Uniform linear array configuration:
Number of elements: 12
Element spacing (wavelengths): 0.75
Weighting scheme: uniform
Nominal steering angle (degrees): -45
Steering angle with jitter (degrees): -46.797
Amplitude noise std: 0.05
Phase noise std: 0.05

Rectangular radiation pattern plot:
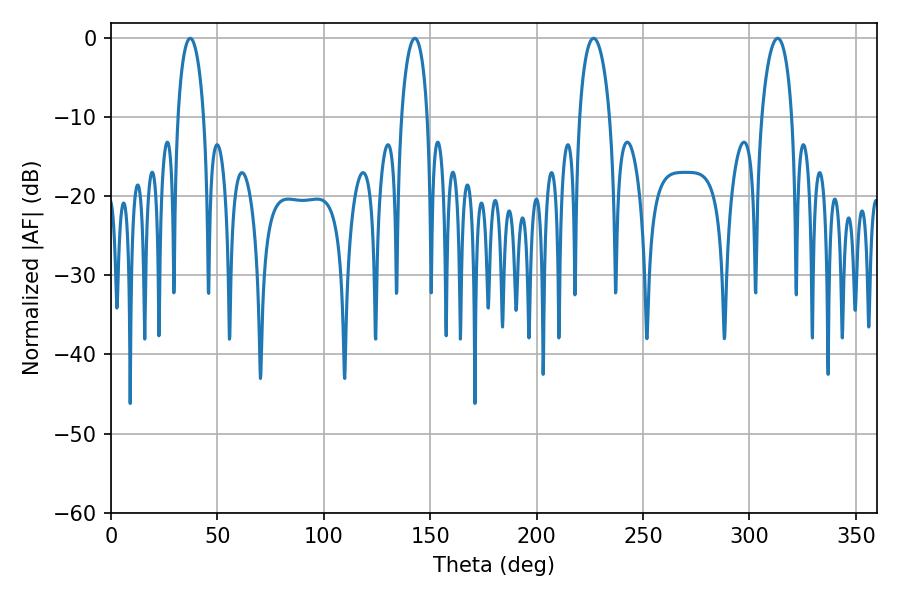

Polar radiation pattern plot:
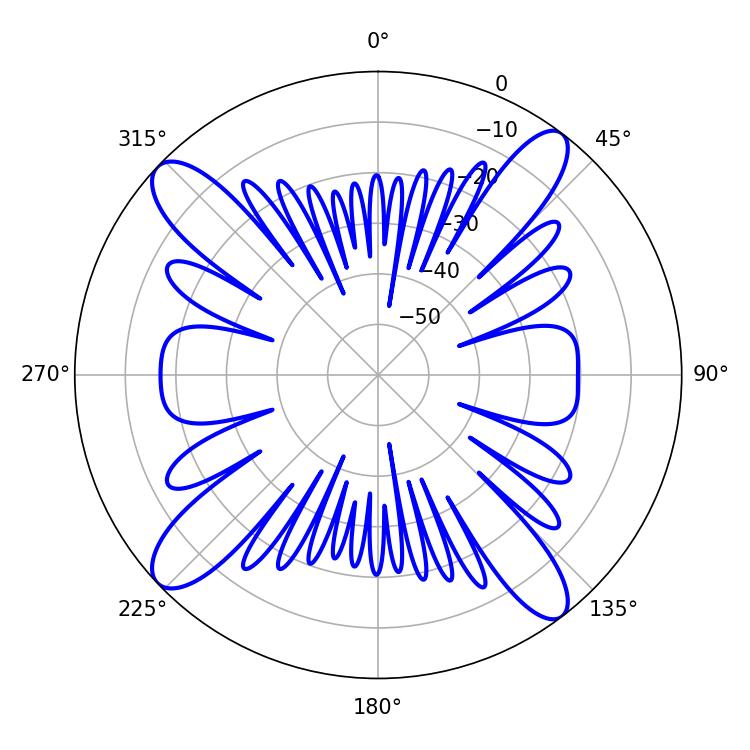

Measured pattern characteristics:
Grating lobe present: TRUE
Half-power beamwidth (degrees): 8.1
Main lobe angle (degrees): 226.8